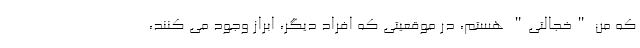
که من "خجالتی" هستم، در موقعیتی که افراد دیگر، ابراز وجود می کنند،